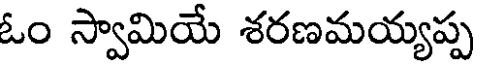
ఓం స్వామియే శరణమయ్యప్ప